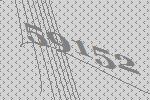
59152